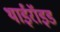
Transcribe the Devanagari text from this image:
थाईरॉइड